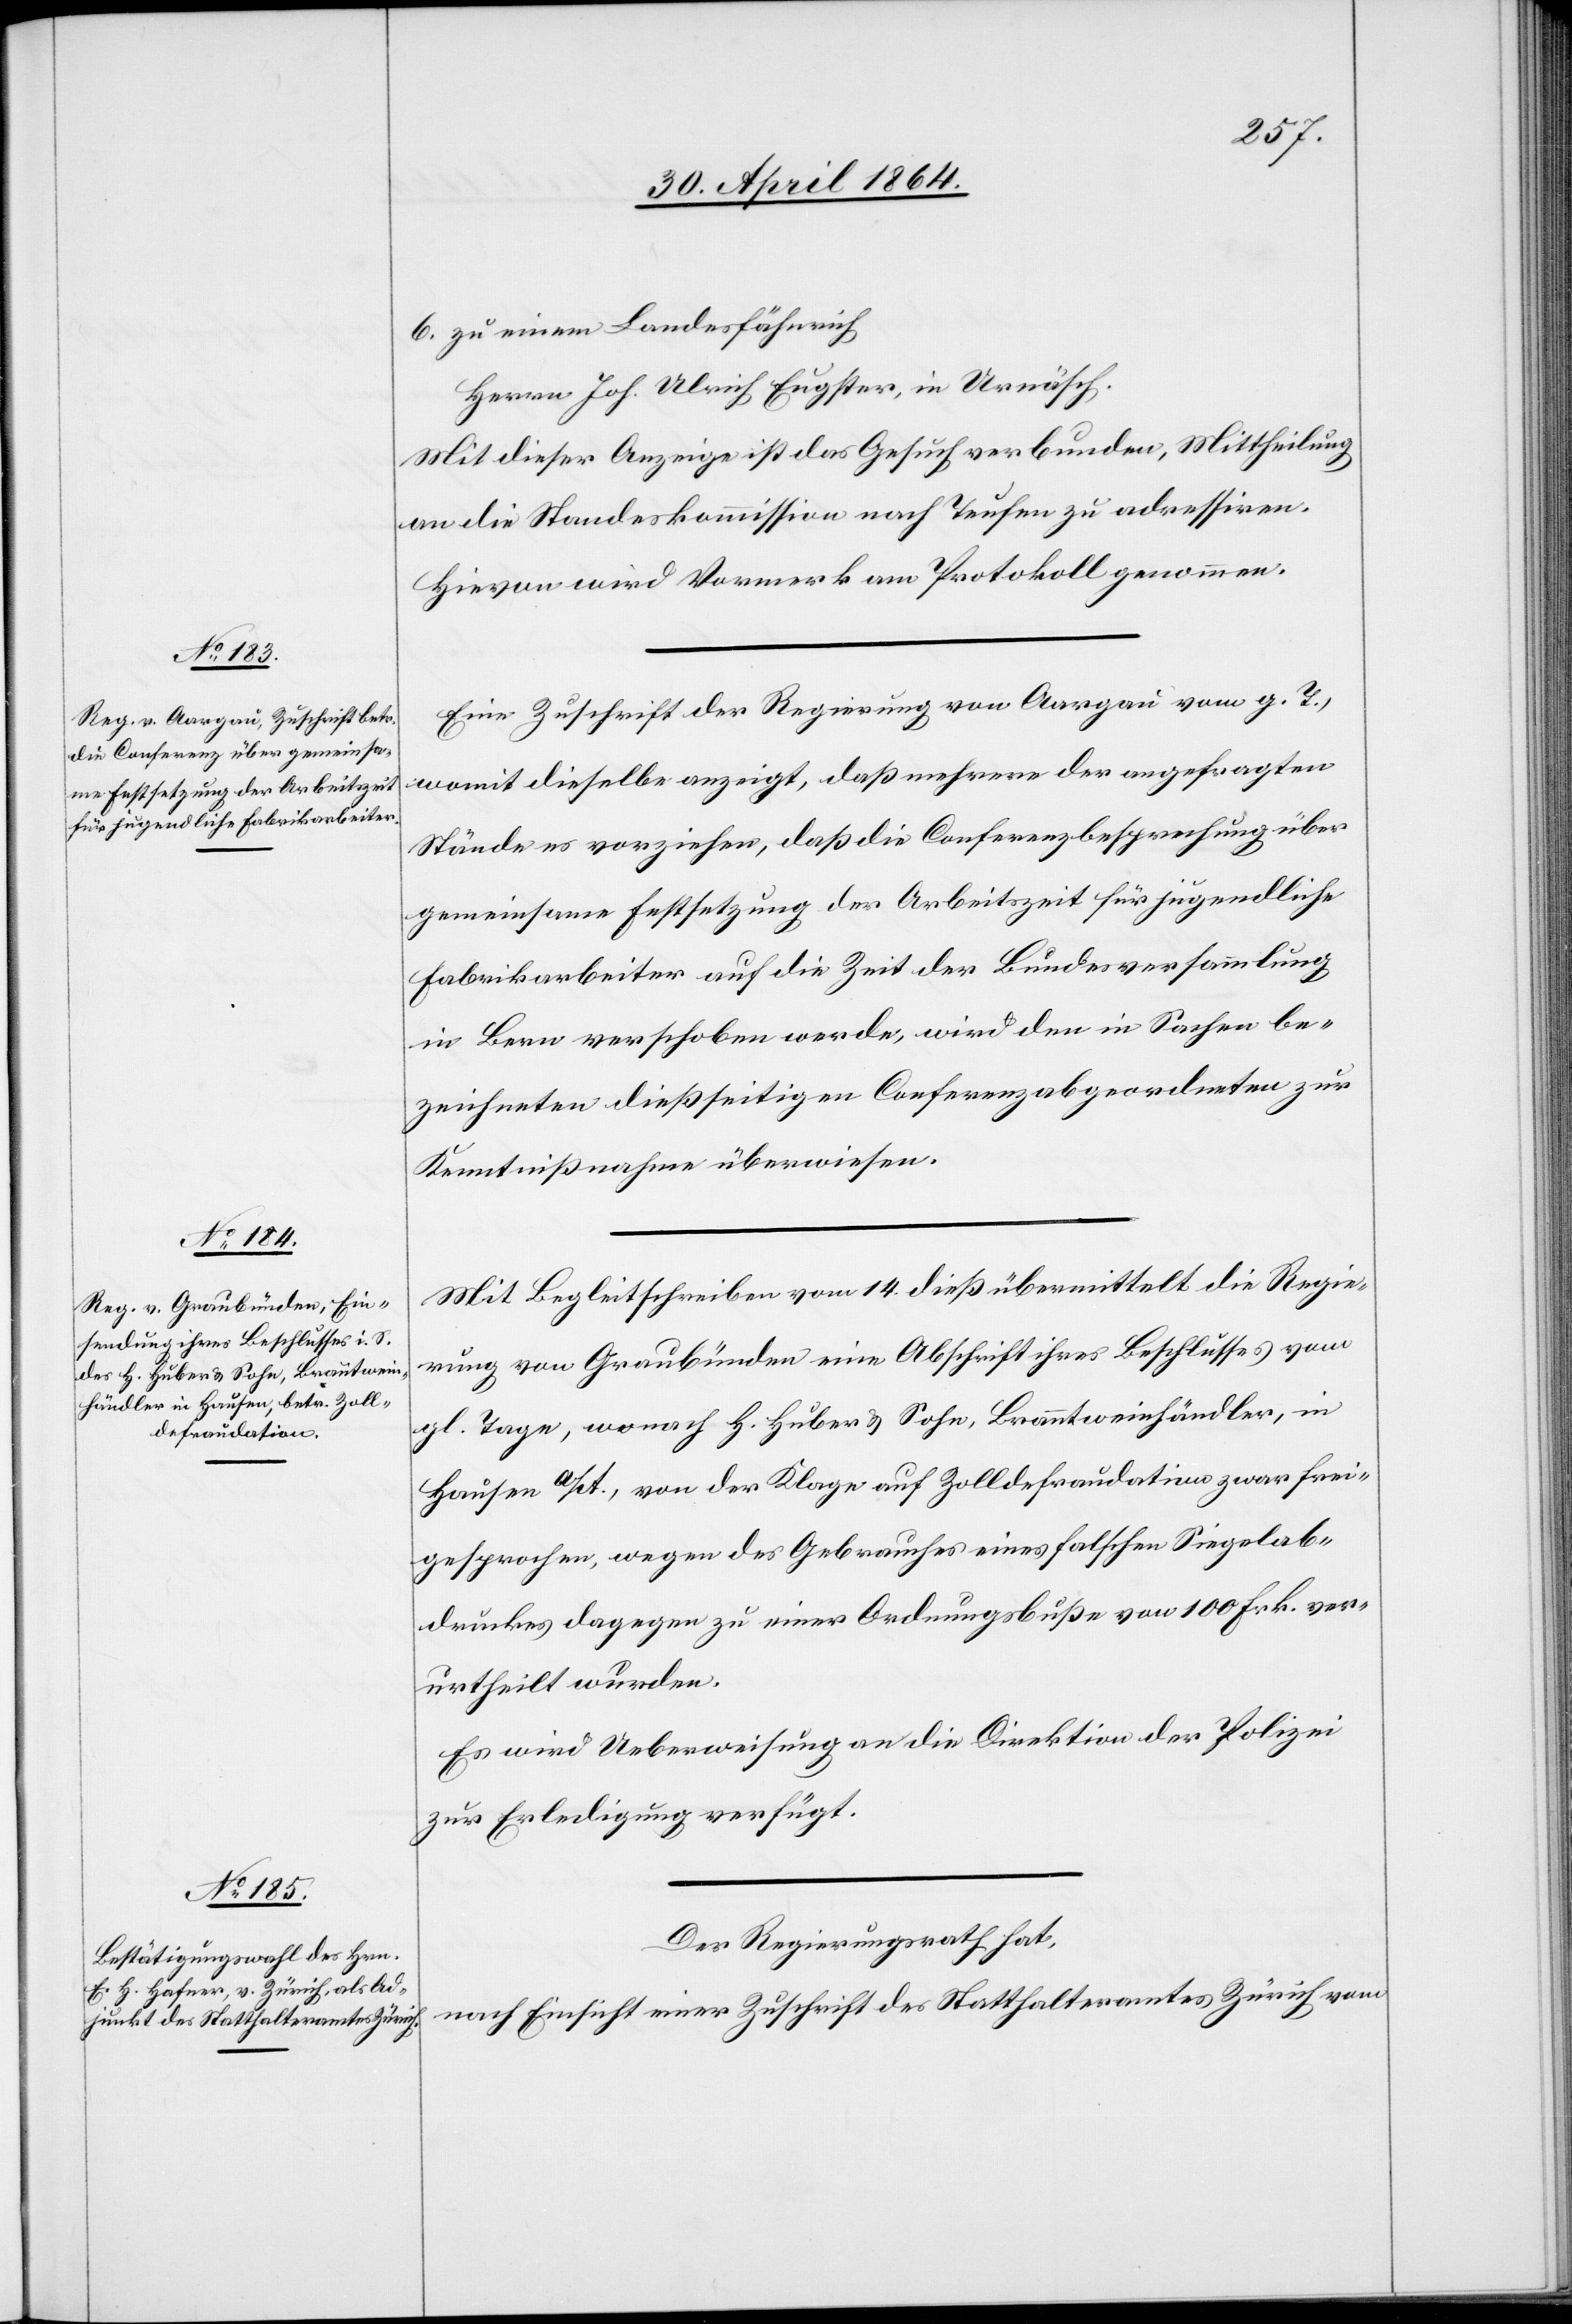
6. zu einem Landesfähnrich
Herrn Joh. Ulrich Eugster, in Urnäsch.
Mit dieser Anzeige ist das Gesuch verbunden, Mittheilung
an die Standeskommission nach Teufen zu adressiren.
Hievon wird Vormerk am Protokoll genommen.
Eine Zuschrift der Regierung von Aargau vom g. T.,
womit dieselbe anzeigt, daß mehrere der angefragten
Stände es vorziehen, daß die Conferenzbesprechung über
gemeinsame Festsetzung der Arbeitszeit für jugendliche
Fabrikarbeiter auf die Zeit der Bundesversammlung
in Bern verschoben werde, wird den in Sachen be¬
zeichneten dießseitigen Conferenzabgeordneten zur
Kenntnißnahme überwiesen.
Mit Begleitschreiben vom 14. dieß übermittelt die Regie¬
rung von Graubünden eine Abschrift ihres Beschlusses vom
gl. Tage, wonach H. Huber u. Sohn, Branntweinhändler, in
Hausen a/A., von der Klage auf Zolldefraudation zwar frei¬
gesprochen, wegen des Gebrauches eines falschen Sigelab¬
druckes dagegen zu einer Ordnungsbuße von 100 Frk. ver¬
urtheilt wurden.
Es wird Ueberweisung an die Direktion der Polizei
zur Erledigung verfügt.
Der Regierungsrath hat,
nach Einsicht einer Zuschrift des Statthalteramtes Zürich vom